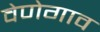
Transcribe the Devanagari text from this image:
वेणेगाव